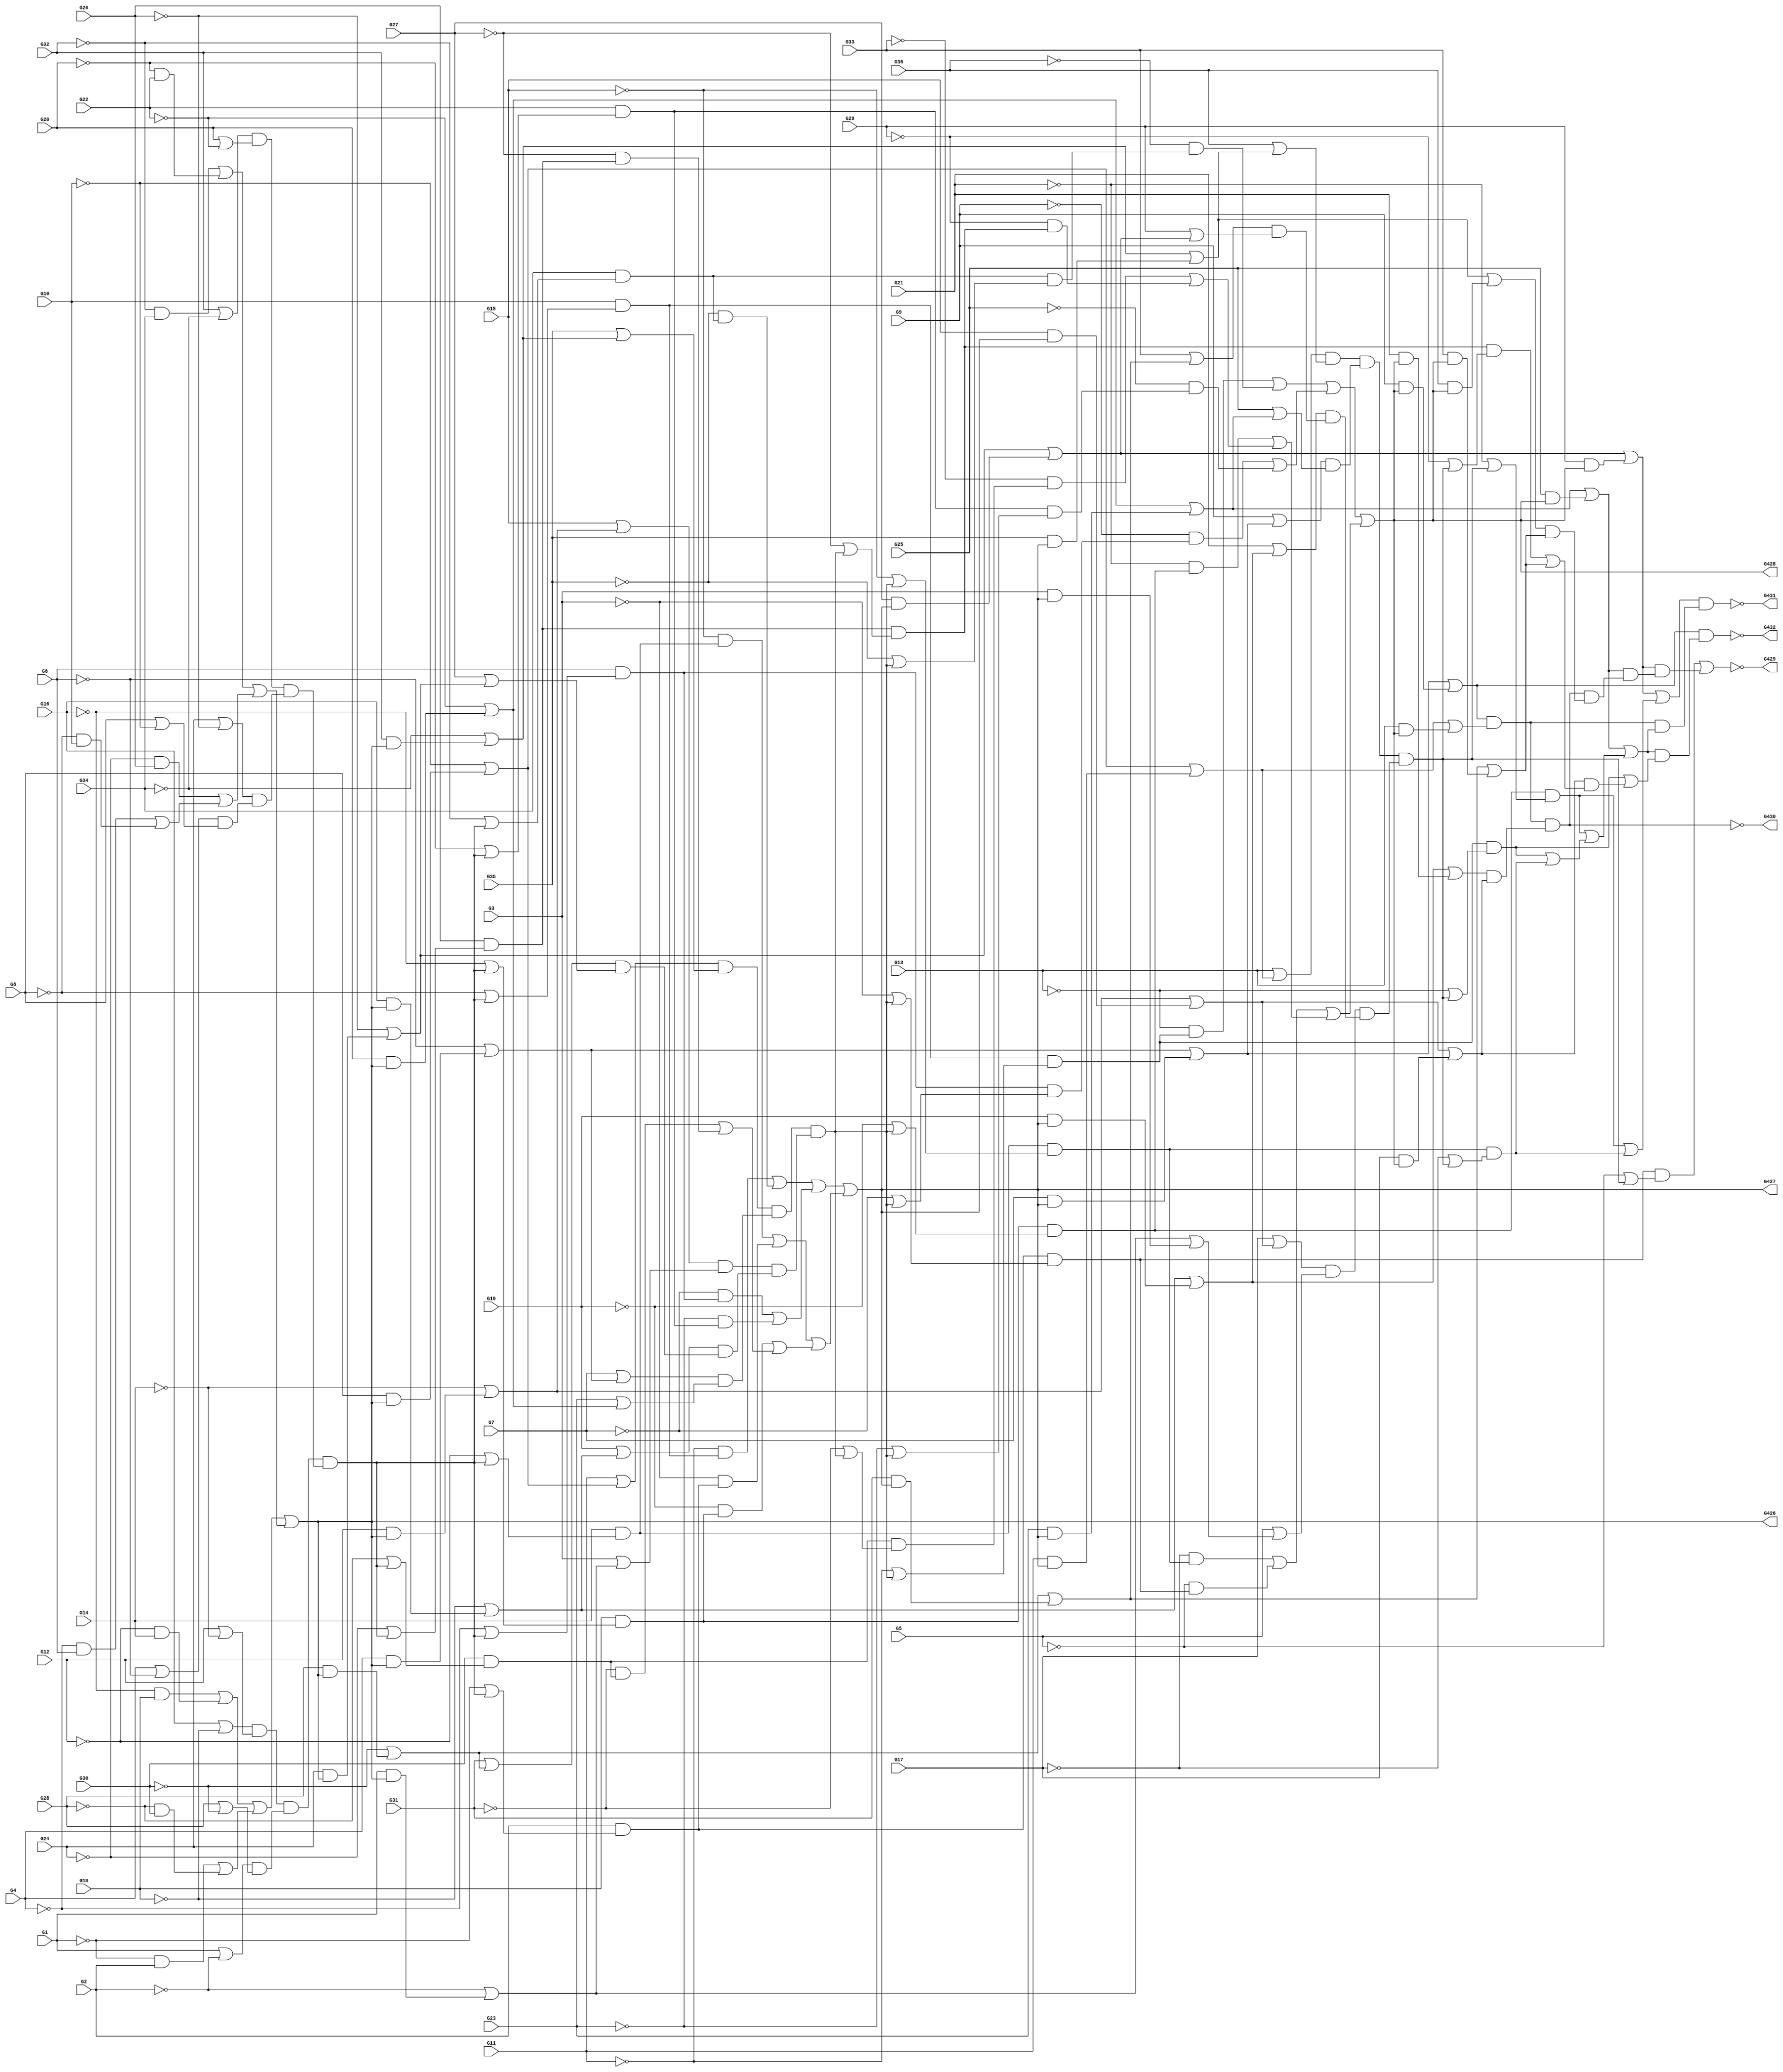

module mymod
(
  G1,
  G2,
  G3,
  G4,
  G5,
  G6,
  G7,
  G8,
  G9,
  G10,
  G11,
  G12,
  G13,
  G14,
  G15,
  G16,
  G17,
  G18,
  G19,
  G20,
  G21,
  G22,
  G23,
  G24,
  G25,
  G26,
  G27,
  G28,
  G29,
  G30,
  G31,
  G32,
  G33,
  G34,
  G35,
  G36,
  G426,
  G427,
  G428,
  G429,
  G430,
  G431,
  G432
);

  input G1;input G2;input G3;input G4;input G5;input G6;input G7;input G8;input G9;input G10;input G11;input G12;input G13;input G14;input G15;input G16;input G17;input G18;input G19;input G20;input G21;input G22;input G23;input G24;input G25;input G26;input G27;input G28;input G29;input G30;input G31;input G32;input G33;input G34;input G35;input G36;
  output G426;output G427;output G428;output G429;output G430;output G431;output G432;
  wire G1_p;
  wire G1_n;
  wire G2_p;
  wire G2_n;
  wire G3_p;
  wire G3_n;
  wire G4_p;
  wire G4_n;
  wire G5_p;
  wire G5_n;
  wire G6_p;
  wire G6_n;
  wire G7_p;
  wire G7_n;
  wire G8_p;
  wire G8_n;
  wire G9_p;
  wire G9_n;
  wire G10_p;
  wire G10_n;
  wire G11_p;
  wire G11_n;
  wire G12_p;
  wire G12_n;
  wire G13_p;
  wire G13_n;
  wire G14_p;
  wire G14_n;
  wire G15_p;
  wire G15_n;
  wire G16_p;
  wire G16_n;
  wire G17_p;
  wire G17_n;
  wire G18_p;
  wire G18_n;
  wire G19_p;
  wire G19_n;
  wire G20_p;
  wire G20_n;
  wire G21_p;
  wire G21_n;
  wire G22_p;
  wire G22_n;
  wire G23_p;
  wire G23_n;
  wire G24_p;
  wire G24_n;
  wire G25_p;
  wire G25_n;
  wire G26_p;
  wire G26_n;
  wire G27_p;
  wire G27_n;
  wire G28_p;
  wire G28_n;
  wire G29_p;
  wire G29_n;
  wire G30_p;
  wire G30_n;
  wire G31_p;
  wire G31_n;
  wire G32_p;
  wire G32_n;
  wire G33_p;
  wire G33_n;
  wire G34_p;
  wire G34_n;
  wire G35_p;
  wire G35_n;
  wire G36_p;
  wire G36_n;
  wire g37_p;
  wire g37_n;
  wire g38_p;
  wire g38_n;
  wire g39_p;
  wire g39_n;
  wire g40_p;
  wire g40_n;
  wire g41_p;
  wire g41_n;
  wire g42_p;
  wire g42_n;
  wire g43_p;
  wire g43_n;
  wire g44_p;
  wire g44_n;
  wire g45_p;
  wire g45_n;
  wire g46_p;
  wire g46_n;
  wire g47_p;
  wire g47_n;
  wire g48_p;
  wire g48_n;
  wire g49_p;
  wire g49_n;
  wire g50_p;
  wire g50_n;
  wire g51_p;
  wire g51_n;
  wire g52_p;
  wire g52_n;
  wire g53_p;
  wire g53_n;
  wire g54_p;
  wire g54_n;
  wire g55_p;
  wire g55_n;
  wire g56_p;
  wire g56_n;
  wire g57_p;
  wire g57_n;
  wire g58_p;
  wire g58_n;
  wire g59_p;
  wire g59_n;
  wire g60_p;
  wire g60_n;
  wire g61_p;
  wire g61_n;
  wire g62_p;
  wire g62_n;
  wire g63_p;
  wire g63_n;
  wire g64_p;
  wire g64_n;
  wire g65_p;
  wire g65_n;
  wire g66_p;
  wire g66_n;
  wire g67_p;
  wire g67_n;
  wire g68_p;
  wire g68_n;
  wire g69_p;
  wire g69_n;
  wire g70_p;
  wire g70_n;
  wire g71_p;
  wire g71_n;
  wire g72_p;
  wire g72_n;
  wire g73_p;
  wire g73_n;
  wire g74_p;
  wire g74_n;
  wire g75_p;
  wire g75_n;
  wire g76_p;
  wire g76_n;
  wire g77_p;
  wire g77_n;
  wire g78_p;
  wire g78_n;
  wire g79_p;
  wire g79_n;
  wire g80_p;
  wire g80_n;
  wire g81_p;
  wire g81_n;
  wire g82_p;
  wire g82_n;
  wire g83_p;
  wire g83_n;
  wire g84_p;
  wire g84_n;
  wire g85_p;
  wire g85_n;
  wire g86_p;
  wire g86_n;
  wire g87_p;
  wire g87_n;
  wire g88_p;
  wire g88_n;
  wire g89_p;
  wire g89_n;
  wire g90_p;
  wire g90_n;
  wire g91_p;
  wire g91_n;
  wire g92_p;
  wire g92_n;
  wire g93_p;
  wire g93_n;
  wire g94_p;
  wire g94_n;
  wire g95_p;
  wire g95_n;
  wire g96_p;
  wire g96_n;
  wire g97_p;
  wire g97_n;
  wire g98_p;
  wire g98_n;
  wire g99_p;
  wire g99_n;
  wire g100_p;
  wire g100_n;
  wire g101_p;
  wire g101_n;
  wire g102_p;
  wire g102_n;
  wire g103_p;
  wire g103_n;
  wire g104_p;
  wire g104_n;
  wire g105_p;
  wire g105_n;
  wire g106_p;
  wire g106_n;
  wire g107_p;
  wire g107_n;
  wire g108_p;
  wire g108_n;
  wire g109_p;
  wire g109_n;
  wire g110_p;
  wire g110_n;
  wire g111_p;
  wire g111_n;
  wire g112_p;
  wire g112_n;
  wire g113_p;
  wire g113_n;
  wire g114_p;
  wire g114_n;
  wire g115_p;
  wire g115_n;
  wire g116_p;
  wire g116_n;
  wire g117_p;
  wire g117_n;
  wire g118_p;
  wire g118_n;
  wire g119_p;
  wire g119_n;
  wire g120_p;
  wire g120_n;
  wire g121_p;
  wire g121_n;
  wire g122_p;
  wire g122_n;
  wire g123_p;
  wire g123_n;
  wire g124_p;
  wire g124_n;
  wire g125_p;
  wire g125_n;
  wire g126_p;
  wire g126_n;
  wire g127_p;
  wire g127_n;
  wire g128_p;
  wire g128_n;
  wire g129_p;
  wire g129_n;
  wire g130_p;
  wire g130_n;
  wire g131_p;
  wire g131_n;
  wire g132_p;
  wire g132_n;
  wire g133_p;
  wire g133_n;
  wire g134_p;
  wire g134_n;
  wire g135_p;
  wire g135_n;
  wire g136_p;
  wire g136_n;
  wire g137_p;
  wire g137_n;
  wire g138_p;
  wire g138_n;
  wire g139_p;
  wire g139_n;
  wire g140_p;
  wire g140_n;
  wire g141_p;
  wire g141_n;
  wire g142_p;
  wire g142_n;
  wire g143_p;
  wire g143_n;
  wire g144_p;
  wire g144_n;
  wire g145_p;
  wire g145_n;
  wire g146_p;
  wire g146_n;
  wire g147_p;
  wire g147_n;
  wire g148_p;
  wire g148_n;
  wire g149_p;
  wire g149_n;
  wire g150_p;
  wire g150_n;
  wire g151_p;
  wire g151_n;
  wire g152_p;
  wire g152_n;
  wire g153_p;
  wire g153_n;
  wire g154_p;
  wire g154_n;
  wire g155_p;
  wire g155_n;
  wire g156_p;
  wire g156_n;
  wire g157_p;
  wire g157_n;
  wire g158_p;
  wire g158_n;
  wire g159_p;
  wire g159_n;
  wire g160_p;
  wire g160_n;
  wire G16_n_spl_;
  wire G18_p_spl_;
  wire G16_p_spl_;
  wire G18_n_spl_;
  wire G12_n_spl_;
  wire G14_p_spl_;
  wire G12_p_spl_;
  wire G14_n_spl_;
  wire G1_n_spl_;
  wire G2_p_spl_;
  wire G1_p_spl_;
  wire G2_n_spl_;
  wire G28_n_spl_;
  wire G30_p_spl_;
  wire G28_p_spl_;
  wire G30_n_spl_;
  wire G32_n_spl_;
  wire G34_p_spl_;
  wire G32_p_spl_;
  wire G34_n_spl_;
  wire G20_n_spl_;
  wire G22_p_spl_;
  wire G20_p_spl_;
  wire G22_n_spl_;
  wire G24_n_spl_;
  wire G26_p_spl_;
  wire G24_p_spl_;
  wire G26_n_spl_;
  wire G4_n_spl_;
  wire G6_p_spl_;
  wire G4_p_spl_;
  wire G6_n_spl_;
  wire G8_n_spl_;
  wire G10_p_spl_;
  wire G8_p_spl_;
  wire G10_n_spl_;
  wire g53_n_spl_;
  wire g53_n_spl_0;
  wire g53_n_spl_00;
  wire g53_n_spl_000;
  wire g53_n_spl_001;
  wire g53_n_spl_01;
  wire g53_n_spl_1;
  wire g53_n_spl_10;
  wire g53_n_spl_11;
  wire g53_p_spl_;
  wire g53_p_spl_0;
  wire g53_p_spl_00;
  wire g53_p_spl_000;
  wire g53_p_spl_01;
  wire g53_p_spl_1;
  wire g53_p_spl_10;
  wire g53_p_spl_11;
  wire G11_n_spl_;
  wire g55_p_spl_;
  wire G11_p_spl_;
  wire g55_n_spl_;
  wire G35_n_spl_;
  wire g58_p_spl_;
  wire G35_p_spl_;
  wire g58_n_spl_;
  wire G7_n_spl_;
  wire g62_p_spl_;
  wire G7_p_spl_;
  wire g62_n_spl_;
  wire G23_n_spl_;
  wire g65_p_spl_;
  wire G23_p_spl_;
  wire g65_n_spl_;
  wire G15_n_spl_;
  wire g70_p_spl_;
  wire G15_p_spl_;
  wire g70_n_spl_;
  wire G3_n_spl_;
  wire g73_p_spl_;
  wire G3_p_spl_;
  wire g73_n_spl_;
  wire G19_n_spl_;
  wire g77_p_spl_;
  wire G19_p_spl_;
  wire g77_n_spl_;
  wire G31_n_spl_;
  wire g80_p_spl_;
  wire G31_p_spl_;
  wire g80_n_spl_;
  wire G27_n_spl_;
  wire g83_p_spl_;
  wire G27_p_spl_;
  wire g83_n_spl_;
  wire g88_n_spl_;
  wire g88_n_spl_0;
  wire g88_n_spl_00;
  wire g88_n_spl_000;
  wire g88_n_spl_001;
  wire g88_n_spl_01;
  wire g88_n_spl_1;
  wire g88_n_spl_10;
  wire g88_n_spl_11;
  wire g88_p_spl_;
  wire g88_p_spl_0;
  wire g88_p_spl_00;
  wire g88_p_spl_000;
  wire g88_p_spl_01;
  wire g88_p_spl_1;
  wire g88_p_spl_10;
  wire g88_p_spl_11;
  wire G13_n_spl_;
  wire g90_p_spl_;
  wire G13_p_spl_;
  wire g90_n_spl_;
  wire G36_p_spl_;
  wire g93_n_spl_;
  wire G9_p_spl_;
  wire g97_n_spl_;
  wire G25_p_spl_;
  wire g100_n_spl_;
  wire G17_n_spl_;
  wire g105_p_spl_;
  wire G17_p_spl_;
  wire g105_n_spl_;
  wire G5_n_spl_;
  wire g108_p_spl_;
  wire G21_n_spl_;
  wire g112_p_spl_;
  wire G21_p_spl_;
  wire g112_n_spl_;
  wire G33_p_spl_;
  wire g115_n_spl_;
  wire G29_n_spl_;
  wire g118_p_spl_;
  wire G29_p_spl_;
  wire g118_n_spl_;
  wire g123_p_spl_;
  wire g123_p_spl_0;
  wire g123_p_spl_00;
  wire g123_p_spl_1;
  wire g123_n_spl_;
  wire g123_n_spl_0;
  wire g123_n_spl_00;
  wire g123_n_spl_000;
  wire g123_n_spl_01;
  wire g123_n_spl_1;
  wire g123_n_spl_10;
  wire g123_n_spl_11;
  wire g131_n_spl_;
  wire g138_n_spl_;
  wire g136_p_spl_;
  wire g138_p_spl_;
  wire g134_p_spl_;
  wire g144_n_spl_;
  wire g140_p_spl_;
  wire g129_n_spl_;
  wire g127_n_spl_;
  wire g133_p_spl_;
  wire g153_n_spl_;

  buf

  (
    G1_p,
    G1
  );


  not

  (
    G1_n,
    G1
  );


  buf

  (
    G2_p,
    G2
  );


  not

  (
    G2_n,
    G2
  );


  buf

  (
    G3_p,
    G3
  );


  not

  (
    G3_n,
    G3
  );


  buf

  (
    G4_p,
    G4
  );


  not

  (
    G4_n,
    G4
  );


  buf

  (
    G5_p,
    G5
  );


  not

  (
    G5_n,
    G5
  );


  buf

  (
    G6_p,
    G6
  );


  not

  (
    G6_n,
    G6
  );


  buf

  (
    G7_p,
    G7
  );


  not

  (
    G7_n,
    G7
  );


  buf

  (
    G8_p,
    G8
  );


  not

  (
    G8_n,
    G8
  );


  buf

  (
    G9_p,
    G9
  );


  not

  (
    G9_n,
    G9
  );


  buf

  (
    G10_p,
    G10
  );


  not

  (
    G10_n,
    G10
  );


  buf

  (
    G11_p,
    G11
  );


  not

  (
    G11_n,
    G11
  );


  buf

  (
    G12_p,
    G12
  );


  not

  (
    G12_n,
    G12
  );


  buf

  (
    G13_p,
    G13
  );


  not

  (
    G13_n,
    G13
  );


  buf

  (
    G14_p,
    G14
  );


  not

  (
    G14_n,
    G14
  );


  buf

  (
    G15_p,
    G15
  );


  not

  (
    G15_n,
    G15
  );


  buf

  (
    G16_p,
    G16
  );


  not

  (
    G16_n,
    G16
  );


  buf

  (
    G17_p,
    G17
  );


  not

  (
    G17_n,
    G17
  );


  buf

  (
    G18_p,
    G18
  );


  not

  (
    G18_n,
    G18
  );


  buf

  (
    G19_p,
    G19
  );


  not

  (
    G19_n,
    G19
  );


  buf

  (
    G20_p,
    G20
  );


  not

  (
    G20_n,
    G20
  );


  buf

  (
    G21_p,
    G21
  );


  not

  (
    G21_n,
    G21
  );


  buf

  (
    G22_p,
    G22
  );


  not

  (
    G22_n,
    G22
  );


  buf

  (
    G23_p,
    G23
  );


  not

  (
    G23_n,
    G23
  );


  buf

  (
    G24_p,
    G24
  );


  not

  (
    G24_n,
    G24
  );


  buf

  (
    G25_p,
    G25
  );


  not

  (
    G25_n,
    G25
  );


  buf

  (
    G26_p,
    G26
  );


  not

  (
    G26_n,
    G26
  );


  buf

  (
    G27_p,
    G27
  );


  not

  (
    G27_n,
    G27
  );


  buf

  (
    G28_p,
    G28
  );


  not

  (
    G28_n,
    G28
  );


  buf

  (
    G29_p,
    G29
  );


  not

  (
    G29_n,
    G29
  );


  buf

  (
    G30_p,
    G30
  );


  not

  (
    G30_n,
    G30
  );


  buf

  (
    G31_p,
    G31
  );


  not

  (
    G31_n,
    G31
  );


  buf

  (
    G32_p,
    G32
  );


  not

  (
    G32_n,
    G32
  );


  buf

  (
    G33_p,
    G33
  );


  not

  (
    G33_n,
    G33
  );


  buf

  (
    G34_p,
    G34
  );


  not

  (
    G34_n,
    G34
  );


  buf

  (
    G35_p,
    G35
  );


  not

  (
    G35_n,
    G35
  );


  buf

  (
    G36_p,
    G36
  );


  not

  (
    G36_n,
    G36
  );


  and

  (
    g37_p,
    G16_n_spl_,
    G18_p_spl_
  );


  or

  (
    g37_n,
    G16_p_spl_,
    G18_n_spl_
  );


  and

  (
    g38_p,
    G12_n_spl_,
    G14_p_spl_
  );


  or

  (
    g38_n,
    G12_p_spl_,
    G14_n_spl_
  );


  and

  (
    g39_p,
    g37_n,
    g38_n
  );


  or

  (
    g39_n,
    g37_p,
    g38_p
  );


  and

  (
    g40_p,
    G1_n_spl_,
    G2_p_spl_
  );


  or

  (
    g40_n,
    G1_p_spl_,
    G2_n_spl_
  );


  and

  (
    g41_p,
    G28_n_spl_,
    G30_p_spl_
  );


  or

  (
    g41_n,
    G28_p_spl_,
    G30_n_spl_
  );


  and

  (
    g42_p,
    g40_n,
    g41_n
  );


  or

  (
    g42_n,
    g40_p,
    g41_p
  );


  and

  (
    g43_p,
    g39_p,
    g42_p
  );


  or

  (
    g43_n,
    g39_n,
    g42_n
  );


  and

  (
    g44_p,
    G32_n_spl_,
    G34_p_spl_
  );


  or

  (
    g44_n,
    G32_p_spl_,
    G34_n_spl_
  );


  and

  (
    g45_p,
    G20_n_spl_,
    G22_p_spl_
  );


  or

  (
    g45_n,
    G20_p_spl_,
    G22_n_spl_
  );


  and

  (
    g46_p,
    g44_n,
    g45_n
  );


  or

  (
    g46_n,
    g44_p,
    g45_p
  );


  and

  (
    g47_p,
    G24_n_spl_,
    G26_p_spl_
  );


  or

  (
    g47_n,
    G24_p_spl_,
    G26_n_spl_
  );


  and

  (
    g48_p,
    G4_n_spl_,
    G6_p_spl_
  );


  or

  (
    g48_n,
    G4_p_spl_,
    G6_n_spl_
  );


  and

  (
    g49_p,
    G8_n_spl_,
    G10_p_spl_
  );


  or

  (
    g49_n,
    G8_p_spl_,
    G10_n_spl_
  );


  and

  (
    g50_p,
    g48_n,
    g49_n
  );


  or

  (
    g50_n,
    g48_p,
    g49_p
  );


  and

  (
    g51_p,
    g47_n,
    g50_p
  );


  or

  (
    g51_n,
    g47_p,
    g50_n
  );


  and

  (
    g52_p,
    g46_p,
    g51_p
  );


  or

  (
    g52_n,
    g46_n,
    g51_n
  );


  and

  (
    g53_p,
    g43_p,
    g52_p
  );


  or

  (
    g53_n,
    g43_n,
    g52_n
  );


  and

  (
    g54_p,
    G8_p_spl_,
    g53_n_spl_000
  );


  or

  (
    g54_n,
    G8_n_spl_,
    g53_p_spl_000
  );


  and

  (
    g55_p,
    G10_p_spl_,
    g54_n
  );


  or

  (
    g55_n,
    G10_n_spl_,
    g54_p
  );


  and

  (
    g56_p,
    G11_n_spl_,
    g55_p_spl_
  );


  or

  (
    g56_n,
    G11_p_spl_,
    g55_n_spl_
  );


  and

  (
    g57_p,
    G32_p_spl_,
    g53_n_spl_000
  );


  or

  (
    g57_n,
    G32_n_spl_,
    g53_p_spl_000
  );


  and

  (
    g58_p,
    G34_p_spl_,
    g57_n
  );


  or

  (
    g58_n,
    G34_n_spl_,
    g57_p
  );


  and

  (
    g59_p,
    G35_n_spl_,
    g58_p_spl_
  );


  or

  (
    g59_n,
    G35_p_spl_,
    g58_n_spl_
  );


  and

  (
    g60_p,
    g56_n,
    g59_n
  );


  or

  (
    g60_n,
    g56_p,
    g59_p
  );


  and

  (
    g61_p,
    G4_p_spl_,
    g53_n_spl_001
  );


  or

  (
    g61_n,
    G4_n_spl_,
    g53_p_spl_00
  );


  and

  (
    g62_p,
    G6_p_spl_,
    g61_n
  );


  or

  (
    g62_n,
    G6_n_spl_,
    g61_p
  );


  and

  (
    g63_p,
    G7_n_spl_,
    g62_p_spl_
  );


  or

  (
    g63_n,
    G7_p_spl_,
    g62_n_spl_
  );


  and

  (
    g64_p,
    G20_p_spl_,
    g53_n_spl_001
  );


  or

  (
    g64_n,
    G20_n_spl_,
    g53_p_spl_01
  );


  and

  (
    g65_p,
    G22_p_spl_,
    g64_n
  );


  or

  (
    g65_n,
    G22_n_spl_,
    g64_p
  );


  and

  (
    g66_p,
    G23_n_spl_,
    g65_p_spl_
  );


  or

  (
    g66_n,
    G23_p_spl_,
    g65_n_spl_
  );


  and

  (
    g67_p,
    g63_n,
    g66_n
  );


  or

  (
    g67_n,
    g63_p,
    g66_p
  );


  and

  (
    g68_p,
    g60_p,
    g67_p
  );


  or

  (
    g68_n,
    g60_n,
    g67_n
  );


  and

  (
    g69_p,
    G12_p_spl_,
    g53_n_spl_01
  );


  or

  (
    g69_n,
    G12_n_spl_,
    g53_p_spl_01
  );


  and

  (
    g70_p,
    G14_p_spl_,
    g69_n
  );


  or

  (
    g70_n,
    G14_n_spl_,
    g69_p
  );


  and

  (
    g71_p,
    G15_n_spl_,
    g70_p_spl_
  );


  or

  (
    g71_n,
    G15_p_spl_,
    g70_n_spl_
  );


  and

  (
    g72_p,
    G1_p_spl_,
    g53_n_spl_01
  );


  or

  (
    g72_n,
    G1_n_spl_,
    g53_p_spl_10
  );


  and

  (
    g73_p,
    G2_p_spl_,
    g72_n
  );


  or

  (
    g73_n,
    G2_n_spl_,
    g72_p
  );


  and

  (
    g74_p,
    G3_n_spl_,
    g73_p_spl_
  );


  or

  (
    g74_n,
    G3_p_spl_,
    g73_n_spl_
  );


  and

  (
    g75_p,
    g71_n,
    g74_n
  );


  or

  (
    g75_n,
    g71_p,
    g74_p
  );


  and

  (
    g76_p,
    G16_p_spl_,
    g53_n_spl_10
  );


  or

  (
    g76_n,
    G16_n_spl_,
    g53_p_spl_10
  );


  and

  (
    g77_p,
    G18_p_spl_,
    g76_n
  );


  or

  (
    g77_n,
    G18_n_spl_,
    g76_p
  );


  and

  (
    g78_p,
    G19_n_spl_,
    g77_p_spl_
  );


  or

  (
    g78_n,
    G19_p_spl_,
    g77_n_spl_
  );


  and

  (
    g79_p,
    G28_p_spl_,
    g53_n_spl_10
  );


  or

  (
    g79_n,
    G28_n_spl_,
    g53_p_spl_11
  );


  and

  (
    g80_p,
    G30_p_spl_,
    g79_n
  );


  or

  (
    g80_n,
    G30_n_spl_,
    g79_p
  );


  and

  (
    g81_p,
    G31_n_spl_,
    g80_p_spl_
  );


  or

  (
    g81_n,
    G31_p_spl_,
    g80_n_spl_
  );


  and

  (
    g82_p,
    G24_p_spl_,
    g53_n_spl_11
  );


  or

  (
    g82_n,
    G24_n_spl_,
    g53_p_spl_11
  );


  and

  (
    g83_p,
    G26_p_spl_,
    g82_n
  );


  or

  (
    g83_n,
    G26_n_spl_,
    g82_p
  );


  and

  (
    g84_p,
    G27_n_spl_,
    g83_p_spl_
  );


  or

  (
    g84_n,
    G27_p_spl_,
    g83_n_spl_
  );


  and

  (
    g85_p,
    g81_n,
    g84_n
  );


  or

  (
    g85_n,
    g81_p,
    g84_p
  );


  and

  (
    g86_p,
    g78_n,
    g85_p
  );


  or

  (
    g86_n,
    g78_p,
    g85_n
  );


  and

  (
    g87_p,
    g75_p,
    g86_p
  );


  or

  (
    g87_n,
    g75_n,
    g86_n
  );


  and

  (
    g88_p,
    g68_p,
    g87_p
  );


  or

  (
    g88_n,
    g68_n,
    g87_n
  );


  and

  (
    g89_p,
    G11_p_spl_,
    g88_n_spl_000
  );


  or

  (
    g89_n,
    G11_n_spl_,
    g88_p_spl_000
  );


  and

  (
    g90_p,
    g55_p_spl_,
    g89_n
  );


  or

  (
    g90_n,
    g55_n_spl_,
    g89_p
  );


  and

  (
    g91_p,
    G13_n_spl_,
    g90_p_spl_
  );


  or

  (
    g91_n,
    G13_p_spl_,
    g90_n_spl_
  );


  and

  (
    g92_p,
    G35_p_spl_,
    g88_n_spl_000
  );


  or

  (
    g92_n,
    G35_n_spl_,
    g88_p_spl_000
  );


  and

  (
    g93_p,
    g58_p_spl_,
    g92_n
  );


  or

  (
    g93_n,
    g58_n_spl_,
    g92_p
  );


  and

  (
    g94_p,
    G36_n,
    g93_p
  );


  or

  (
    g94_n,
    G36_p_spl_,
    g93_n_spl_
  );


  and

  (
    g95_p,
    g91_n,
    g94_n
  );


  or

  (
    g95_n,
    g91_p,
    g94_p
  );


  and

  (
    g96_p,
    G7_p_spl_,
    g88_n_spl_001
  );


  or

  (
    g96_n,
    G7_n_spl_,
    g88_p_spl_00
  );


  and

  (
    g97_p,
    g62_p_spl_,
    g96_n
  );


  or

  (
    g97_n,
    g62_n_spl_,
    g96_p
  );


  and

  (
    g98_p,
    G9_n,
    g97_p
  );


  or

  (
    g98_n,
    G9_p_spl_,
    g97_n_spl_
  );


  and

  (
    g99_p,
    G23_p_spl_,
    g88_n_spl_001
  );


  or

  (
    g99_n,
    G23_n_spl_,
    g88_p_spl_01
  );


  and

  (
    g100_p,
    g65_p_spl_,
    g99_n
  );


  or

  (
    g100_n,
    g65_n_spl_,
    g99_p
  );


  and

  (
    g101_p,
    G25_n,
    g100_p
  );


  or

  (
    g101_n,
    G25_p_spl_,
    g100_n_spl_
  );


  and

  (
    g102_p,
    g98_n,
    g101_n
  );


  or

  (
    g102_n,
    g98_p,
    g101_p
  );


  and

  (
    g103_p,
    g95_p,
    g102_p
  );


  or

  (
    g103_n,
    g95_n,
    g102_n
  );


  and

  (
    g104_p,
    G15_p_spl_,
    g88_n_spl_01
  );


  or

  (
    g104_n,
    G15_n_spl_,
    g88_p_spl_01
  );


  and

  (
    g105_p,
    g70_p_spl_,
    g104_n
  );


  or

  (
    g105_n,
    g70_n_spl_,
    g104_p
  );


  and

  (
    g106_p,
    G17_n_spl_,
    g105_p_spl_
  );


  or

  (
    g106_n,
    G17_p_spl_,
    g105_n_spl_
  );


  and

  (
    g107_p,
    G3_p_spl_,
    g88_n_spl_01
  );


  or

  (
    g107_n,
    G3_n_spl_,
    g88_p_spl_10
  );


  and

  (
    g108_p,
    g73_p_spl_,
    g107_n
  );


  or

  (
    g108_n,
    g73_n_spl_,
    g107_p
  );


  and

  (
    g109_p,
    G5_n_spl_,
    g108_p_spl_
  );


  or

  (
    g109_n,
    G5_p,
    g108_n
  );


  and

  (
    g110_p,
    g106_n,
    g109_n
  );


  or

  (
    g110_n,
    g106_p,
    g109_p
  );


  and

  (
    g111_p,
    G19_p_spl_,
    g88_n_spl_10
  );


  or

  (
    g111_n,
    G19_n_spl_,
    g88_p_spl_10
  );


  and

  (
    g112_p,
    g77_p_spl_,
    g111_n
  );


  or

  (
    g112_n,
    g77_n_spl_,
    g111_p
  );


  and

  (
    g113_p,
    G21_n_spl_,
    g112_p_spl_
  );


  or

  (
    g113_n,
    G21_p_spl_,
    g112_n_spl_
  );


  and

  (
    g114_p,
    G31_p_spl_,
    g88_n_spl_10
  );


  or

  (
    g114_n,
    G31_n_spl_,
    g88_p_spl_11
  );


  and

  (
    g115_p,
    g80_p_spl_,
    g114_n
  );


  or

  (
    g115_n,
    g80_n_spl_,
    g114_p
  );


  and

  (
    g116_p,
    G33_n,
    g115_p
  );


  or

  (
    g116_n,
    G33_p_spl_,
    g115_n_spl_
  );


  and

  (
    g117_p,
    G27_p_spl_,
    g88_n_spl_11
  );


  or

  (
    g117_n,
    G27_n_spl_,
    g88_p_spl_11
  );


  and

  (
    g118_p,
    g83_p_spl_,
    g117_n
  );


  or

  (
    g118_n,
    g83_n_spl_,
    g117_p
  );


  and

  (
    g119_p,
    G29_n_spl_,
    g118_p_spl_
  );


  or

  (
    g119_n,
    G29_p_spl_,
    g118_n_spl_
  );


  and

  (
    g120_p,
    g116_n,
    g119_n
  );


  or

  (
    g120_n,
    g116_p,
    g119_p
  );


  and

  (
    g121_p,
    g113_n,
    g120_p
  );


  or

  (
    g121_n,
    g113_p,
    g120_n
  );


  and

  (
    g122_p,
    g110_p,
    g121_p
  );


  or

  (
    g122_n,
    g110_n,
    g121_n
  );


  and

  (
    g123_p,
    g103_p,
    g122_p
  );


  or

  (
    g123_n,
    g103_n,
    g122_n
  );


  or

  (
    g124_n,
    G5_n_spl_,
    g123_p_spl_00
  );


  and

  (
    g125_p,
    g108_p_spl_,
    g124_n
  );


  and

  (
    g126_p,
    G29_p_spl_,
    g123_n_spl_000
  );


  or

  (
    g126_n,
    G29_n_spl_,
    g123_p_spl_00
  );


  and

  (
    g127_p,
    g118_p_spl_,
    g126_n
  );


  or

  (
    g127_n,
    g118_n_spl_,
    g126_p
  );


  and

  (
    g128_p,
    G25_p_spl_,
    g123_n_spl_000
  );


  or

  (
    g129_n,
    g100_n_spl_,
    g128_p
  );


  and

  (
    g130_p,
    G9_p_spl_,
    g123_n_spl_00
  );


  or

  (
    g131_n,
    g97_n_spl_,
    g130_p
  );


  and

  (
    g132_p,
    G13_p_spl_,
    g123_n_spl_01
  );


  or

  (
    g132_n,
    G13_n_spl_,
    g123_p_spl_0
  );


  and

  (
    g133_p,
    g90_p_spl_,
    g132_n
  );


  or

  (
    g133_n,
    g90_n_spl_,
    g132_p
  );


  and

  (
    g134_p,
    g131_n_spl_,
    g133_n
  );


  and

  (
    g135_p,
    G21_p_spl_,
    g123_n_spl_01
  );


  or

  (
    g135_n,
    G21_n_spl_,
    g123_p_spl_1
  );


  and

  (
    g136_p,
    g112_p_spl_,
    g135_n
  );


  or

  (
    g136_n,
    g112_n_spl_,
    g135_p
  );


  and

  (
    g137_p,
    G17_p_spl_,
    g123_n_spl_10
  );


  or

  (
    g137_n,
    G17_n_spl_,
    g123_p_spl_1
  );


  and

  (
    g138_p,
    g105_p_spl_,
    g137_n
  );


  or

  (
    g138_n,
    g105_n_spl_,
    g137_p
  );


  and

  (
    g139_p,
    g136_n,
    g138_n_spl_
  );


  or

  (
    g139_n,
    g136_p_spl_,
    g138_p_spl_
  );


  and

  (
    g140_p,
    g134_p_spl_,
    g139_p
  );


  and

  (
    g141_p,
    G36_p_spl_,
    g123_n_spl_10
  );


  or

  (
    g142_n,
    g93_n_spl_,
    g141_p
  );


  and

  (
    g143_p,
    G33_p_spl_,
    g123_n_spl_11
  );


  or

  (
    g144_n,
    g115_n_spl_,
    g143_p
  );


  and

  (
    g145_p,
    g142_n,
    g144_n_spl_
  );


  and

  (
    g146_p,
    g140_p_spl_,
    g145_p
  );


  and

  (
    g147_p,
    g129_n_spl_,
    g146_p
  );


  and

  (
    g148_p,
    g127_n_spl_,
    g147_p
  );


  or

  (
    g149_n,
    g125_p,
    g148_p
  );


  or

  (
    g150_n,
    g127_n_spl_,
    g139_n
  );


  or

  (
    g151_n,
    g133_p_spl_,
    g138_p_spl_
  );


  or

  (
    g152_n,
    g136_p_spl_,
    g151_n
  );


  or

  (
    g153_n,
    g129_n_spl_,
    g152_n
  );


  and

  (
    g154_p,
    g134_p_spl_,
    g153_n_spl_
  );


  and

  (
    g155_p,
    g150_n,
    g154_p
  );


  or

  (
    g156_n,
    g127_p,
    g144_n_spl_
  );


  and

  (
    g157_p,
    g138_n_spl_,
    g156_n
  );


  or

  (
    g158_n,
    g133_p_spl_,
    g157_p
  );


  and

  (
    g159_p,
    g153_n_spl_,
    g158_n
  );


  and

  (
    g160_p,
    g131_n_spl_,
    g159_p
  );


  buf

  (
    G426,
    g53_n_spl_11
  );


  buf

  (
    G427,
    g88_n_spl_11
  );


  buf

  (
    G428,
    g123_n_spl_11
  );


  not

  (
    G429,
    g149_n
  );


  not

  (
    G430,
    g140_p_spl_
  );


  not

  (
    G431,
    g155_p
  );


  not

  (
    G432,
    g160_p
  );


  buf

  (
    G16_n_spl_,
    G16_n
  );


  buf

  (
    G18_p_spl_,
    G18_p
  );


  buf

  (
    G16_p_spl_,
    G16_p
  );


  buf

  (
    G18_n_spl_,
    G18_n
  );


  buf

  (
    G12_n_spl_,
    G12_n
  );


  buf

  (
    G14_p_spl_,
    G14_p
  );


  buf

  (
    G12_p_spl_,
    G12_p
  );


  buf

  (
    G14_n_spl_,
    G14_n
  );


  buf

  (
    G1_n_spl_,
    G1_n
  );


  buf

  (
    G2_p_spl_,
    G2_p
  );


  buf

  (
    G1_p_spl_,
    G1_p
  );


  buf

  (
    G2_n_spl_,
    G2_n
  );


  buf

  (
    G28_n_spl_,
    G28_n
  );


  buf

  (
    G30_p_spl_,
    G30_p
  );


  buf

  (
    G28_p_spl_,
    G28_p
  );


  buf

  (
    G30_n_spl_,
    G30_n
  );


  buf

  (
    G32_n_spl_,
    G32_n
  );


  buf

  (
    G34_p_spl_,
    G34_p
  );


  buf

  (
    G32_p_spl_,
    G32_p
  );


  buf

  (
    G34_n_spl_,
    G34_n
  );


  buf

  (
    G20_n_spl_,
    G20_n
  );


  buf

  (
    G22_p_spl_,
    G22_p
  );


  buf

  (
    G20_p_spl_,
    G20_p
  );


  buf

  (
    G22_n_spl_,
    G22_n
  );


  buf

  (
    G24_n_spl_,
    G24_n
  );


  buf

  (
    G26_p_spl_,
    G26_p
  );


  buf

  (
    G24_p_spl_,
    G24_p
  );


  buf

  (
    G26_n_spl_,
    G26_n
  );


  buf

  (
    G4_n_spl_,
    G4_n
  );


  buf

  (
    G6_p_spl_,
    G6_p
  );


  buf

  (
    G4_p_spl_,
    G4_p
  );


  buf

  (
    G6_n_spl_,
    G6_n
  );


  buf

  (
    G8_n_spl_,
    G8_n
  );


  buf

  (
    G10_p_spl_,
    G10_p
  );


  buf

  (
    G8_p_spl_,
    G8_p
  );


  buf

  (
    G10_n_spl_,
    G10_n
  );


  buf

  (
    g53_n_spl_,
    g53_n
  );


  buf

  (
    g53_n_spl_0,
    g53_n_spl_
  );


  buf

  (
    g53_n_spl_00,
    g53_n_spl_0
  );


  buf

  (
    g53_n_spl_000,
    g53_n_spl_00
  );


  buf

  (
    g53_n_spl_001,
    g53_n_spl_00
  );


  buf

  (
    g53_n_spl_01,
    g53_n_spl_0
  );


  buf

  (
    g53_n_spl_1,
    g53_n_spl_
  );


  buf

  (
    g53_n_spl_10,
    g53_n_spl_1
  );


  buf

  (
    g53_n_spl_11,
    g53_n_spl_1
  );


  buf

  (
    g53_p_spl_,
    g53_p
  );


  buf

  (
    g53_p_spl_0,
    g53_p_spl_
  );


  buf

  (
    g53_p_spl_00,
    g53_p_spl_0
  );


  buf

  (
    g53_p_spl_000,
    g53_p_spl_00
  );


  buf

  (
    g53_p_spl_01,
    g53_p_spl_0
  );


  buf

  (
    g53_p_spl_1,
    g53_p_spl_
  );


  buf

  (
    g53_p_spl_10,
    g53_p_spl_1
  );


  buf

  (
    g53_p_spl_11,
    g53_p_spl_1
  );


  buf

  (
    G11_n_spl_,
    G11_n
  );


  buf

  (
    g55_p_spl_,
    g55_p
  );


  buf

  (
    G11_p_spl_,
    G11_p
  );


  buf

  (
    g55_n_spl_,
    g55_n
  );


  buf

  (
    G35_n_spl_,
    G35_n
  );


  buf

  (
    g58_p_spl_,
    g58_p
  );


  buf

  (
    G35_p_spl_,
    G35_p
  );


  buf

  (
    g58_n_spl_,
    g58_n
  );


  buf

  (
    G7_n_spl_,
    G7_n
  );


  buf

  (
    g62_p_spl_,
    g62_p
  );


  buf

  (
    G7_p_spl_,
    G7_p
  );


  buf

  (
    g62_n_spl_,
    g62_n
  );


  buf

  (
    G23_n_spl_,
    G23_n
  );


  buf

  (
    g65_p_spl_,
    g65_p
  );


  buf

  (
    G23_p_spl_,
    G23_p
  );


  buf

  (
    g65_n_spl_,
    g65_n
  );


  buf

  (
    G15_n_spl_,
    G15_n
  );


  buf

  (
    g70_p_spl_,
    g70_p
  );


  buf

  (
    G15_p_spl_,
    G15_p
  );


  buf

  (
    g70_n_spl_,
    g70_n
  );


  buf

  (
    G3_n_spl_,
    G3_n
  );


  buf

  (
    g73_p_spl_,
    g73_p
  );


  buf

  (
    G3_p_spl_,
    G3_p
  );


  buf

  (
    g73_n_spl_,
    g73_n
  );


  buf

  (
    G19_n_spl_,
    G19_n
  );


  buf

  (
    g77_p_spl_,
    g77_p
  );


  buf

  (
    G19_p_spl_,
    G19_p
  );


  buf

  (
    g77_n_spl_,
    g77_n
  );


  buf

  (
    G31_n_spl_,
    G31_n
  );


  buf

  (
    g80_p_spl_,
    g80_p
  );


  buf

  (
    G31_p_spl_,
    G31_p
  );


  buf

  (
    g80_n_spl_,
    g80_n
  );


  buf

  (
    G27_n_spl_,
    G27_n
  );


  buf

  (
    g83_p_spl_,
    g83_p
  );


  buf

  (
    G27_p_spl_,
    G27_p
  );


  buf

  (
    g83_n_spl_,
    g83_n
  );


  buf

  (
    g88_n_spl_,
    g88_n
  );


  buf

  (
    g88_n_spl_0,
    g88_n_spl_
  );


  buf

  (
    g88_n_spl_00,
    g88_n_spl_0
  );


  buf

  (
    g88_n_spl_000,
    g88_n_spl_00
  );


  buf

  (
    g88_n_spl_001,
    g88_n_spl_00
  );


  buf

  (
    g88_n_spl_01,
    g88_n_spl_0
  );


  buf

  (
    g88_n_spl_1,
    g88_n_spl_
  );


  buf

  (
    g88_n_spl_10,
    g88_n_spl_1
  );


  buf

  (
    g88_n_spl_11,
    g88_n_spl_1
  );


  buf

  (
    g88_p_spl_,
    g88_p
  );


  buf

  (
    g88_p_spl_0,
    g88_p_spl_
  );


  buf

  (
    g88_p_spl_00,
    g88_p_spl_0
  );


  buf

  (
    g88_p_spl_000,
    g88_p_spl_00
  );


  buf

  (
    g88_p_spl_01,
    g88_p_spl_0
  );


  buf

  (
    g88_p_spl_1,
    g88_p_spl_
  );


  buf

  (
    g88_p_spl_10,
    g88_p_spl_1
  );


  buf

  (
    g88_p_spl_11,
    g88_p_spl_1
  );


  buf

  (
    G13_n_spl_,
    G13_n
  );


  buf

  (
    g90_p_spl_,
    g90_p
  );


  buf

  (
    G13_p_spl_,
    G13_p
  );


  buf

  (
    g90_n_spl_,
    g90_n
  );


  buf

  (
    G36_p_spl_,
    G36_p
  );


  buf

  (
    g93_n_spl_,
    g93_n
  );


  buf

  (
    G9_p_spl_,
    G9_p
  );


  buf

  (
    g97_n_spl_,
    g97_n
  );


  buf

  (
    G25_p_spl_,
    G25_p
  );


  buf

  (
    g100_n_spl_,
    g100_n
  );


  buf

  (
    G17_n_spl_,
    G17_n
  );


  buf

  (
    g105_p_spl_,
    g105_p
  );


  buf

  (
    G17_p_spl_,
    G17_p
  );


  buf

  (
    g105_n_spl_,
    g105_n
  );


  buf

  (
    G5_n_spl_,
    G5_n
  );


  buf

  (
    g108_p_spl_,
    g108_p
  );


  buf

  (
    G21_n_spl_,
    G21_n
  );


  buf

  (
    g112_p_spl_,
    g112_p
  );


  buf

  (
    G21_p_spl_,
    G21_p
  );


  buf

  (
    g112_n_spl_,
    g112_n
  );


  buf

  (
    G33_p_spl_,
    G33_p
  );


  buf

  (
    g115_n_spl_,
    g115_n
  );


  buf

  (
    G29_n_spl_,
    G29_n
  );


  buf

  (
    g118_p_spl_,
    g118_p
  );


  buf

  (
    G29_p_spl_,
    G29_p
  );


  buf

  (
    g118_n_spl_,
    g118_n
  );


  buf

  (
    g123_p_spl_,
    g123_p
  );


  buf

  (
    g123_p_spl_0,
    g123_p_spl_
  );


  buf

  (
    g123_p_spl_00,
    g123_p_spl_0
  );


  buf

  (
    g123_p_spl_1,
    g123_p_spl_
  );


  buf

  (
    g123_n_spl_,
    g123_n
  );


  buf

  (
    g123_n_spl_0,
    g123_n_spl_
  );


  buf

  (
    g123_n_spl_00,
    g123_n_spl_0
  );


  buf

  (
    g123_n_spl_000,
    g123_n_spl_00
  );


  buf

  (
    g123_n_spl_01,
    g123_n_spl_0
  );


  buf

  (
    g123_n_spl_1,
    g123_n_spl_
  );


  buf

  (
    g123_n_spl_10,
    g123_n_spl_1
  );


  buf

  (
    g123_n_spl_11,
    g123_n_spl_1
  );


  buf

  (
    g131_n_spl_,
    g131_n
  );


  buf

  (
    g138_n_spl_,
    g138_n
  );


  buf

  (
    g136_p_spl_,
    g136_p
  );


  buf

  (
    g138_p_spl_,
    g138_p
  );


  buf

  (
    g134_p_spl_,
    g134_p
  );


  buf

  (
    g144_n_spl_,
    g144_n
  );


  buf

  (
    g140_p_spl_,
    g140_p
  );


  buf

  (
    g129_n_spl_,
    g129_n
  );


  buf

  (
    g127_n_spl_,
    g127_n
  );


  buf

  (
    g133_p_spl_,
    g133_p
  );


  buf

  (
    g153_n_spl_,
    g153_n
  );


endmodule